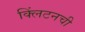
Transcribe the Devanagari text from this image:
क्लिंटनची